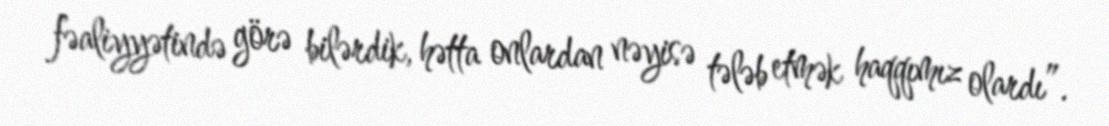
fəaliyyətində görə bilərdik, hətta onlardan nəyisə tələb etmək haqqımız olardı”.